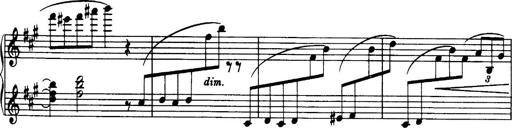
Title: 3 Sonatinas, Op.67
Composer: Jean Sibelius